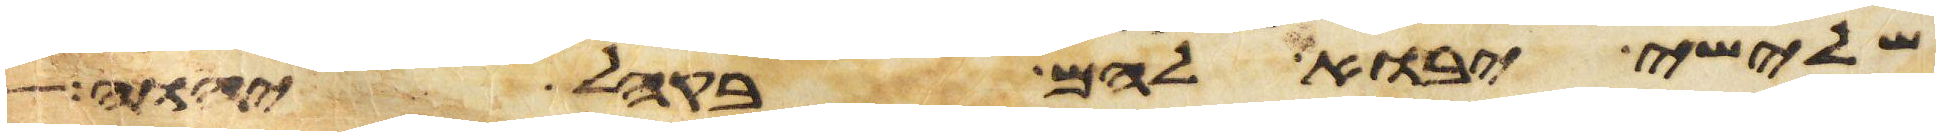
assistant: שלישי יבוא להם בקהל יהוה